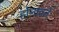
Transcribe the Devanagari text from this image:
होनावर्ते